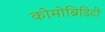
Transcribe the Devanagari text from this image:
कोमोब्रिडिटी